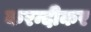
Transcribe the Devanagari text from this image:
करन्दीकर